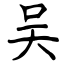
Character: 吴